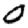
Digit: 0